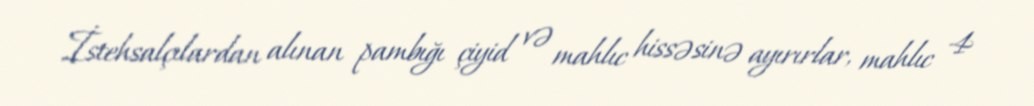
İstehsalçılardan alınan pambığı çiyid və mahlıc hissəsinə ayırırlar, mahlıc 4